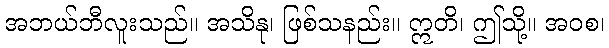
အဘယ်ဘီလူးသည်။ အသိနု၊ ဖြစ်သနည်း။ ဣတိ၊ ဤသို့။ အဝစ၊